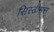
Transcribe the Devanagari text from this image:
सिस्टीमस्